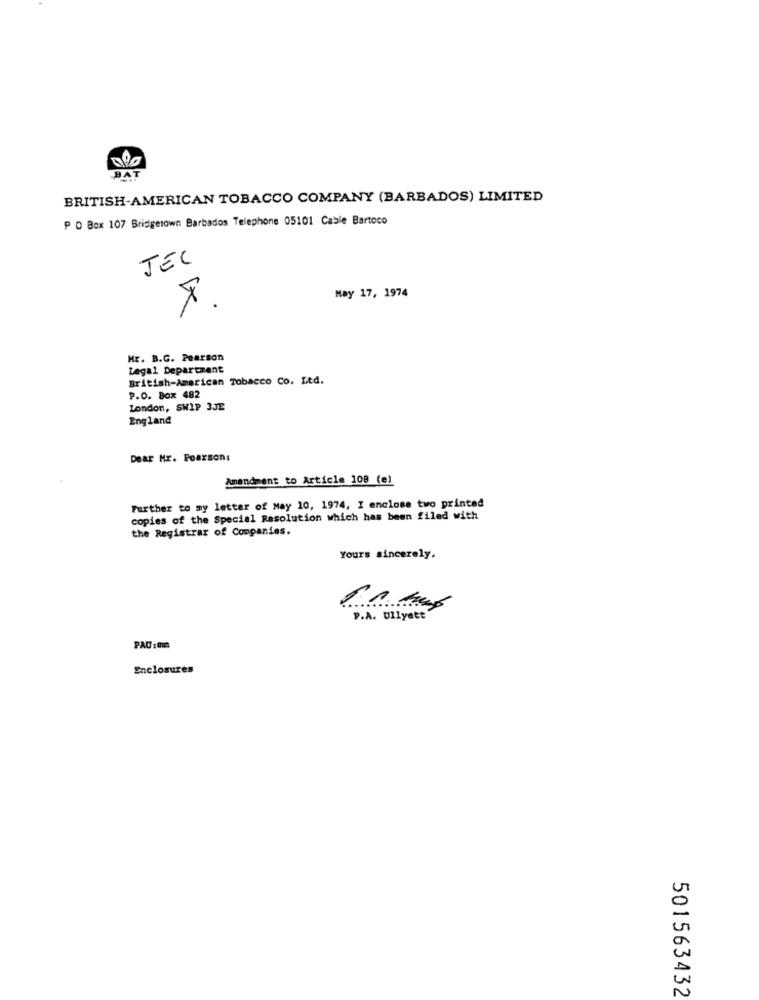
DA
BRITISH-AMERICAN TOBACCO COMPANY (BARBADOS) LIMITED
P O Box 107 Bridgetown Barbados Telephone 05101 Cable Bartoco
TEL
May 17, 1974
Hr. B.G. Pearson
Legal Department
British-American Tobacco Co. Ltd.
P.O. Box 482
London, SWIP 3JE
England
Dear Mr. Pearson:
Amendment to Article 108 (e)
Further to my letter of May 10, 1974, I enclose two printed
copies of the Special Resolution which has been filed with
the Registrar of Companies.
Yours sincerely.
P.A. Ullyatt
PAU :00
Enclosures
501563432